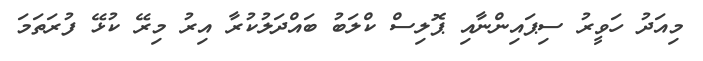
މިއަދު ހަވީރު ސިޕައިންނާއި ޕޮލިސް ކްލަބު ބައްދަލުކުރާ އިރު މިރޭ ކުޅޭ ފުރަތަމަ